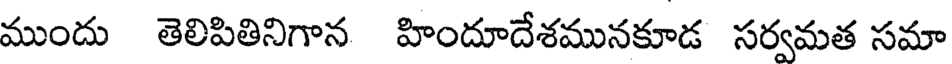
ముందు తెలిపితినిగాన హిందూదేశమునకూడ సర్వమత సమా